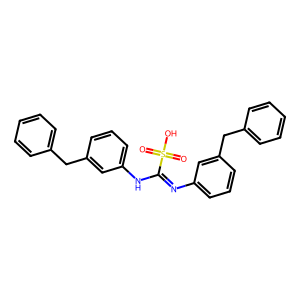
SMILES: O=S(=O)(O)C(=Nc1cccc(Cc2ccccc2)c1)Nc1cccc(Cc2ccccc2)c1
Inhibits HIV replication: No